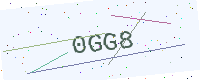
Text: 0GG8